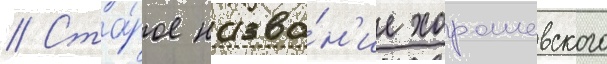
// Ста́рое назва́н'ие хорошевского